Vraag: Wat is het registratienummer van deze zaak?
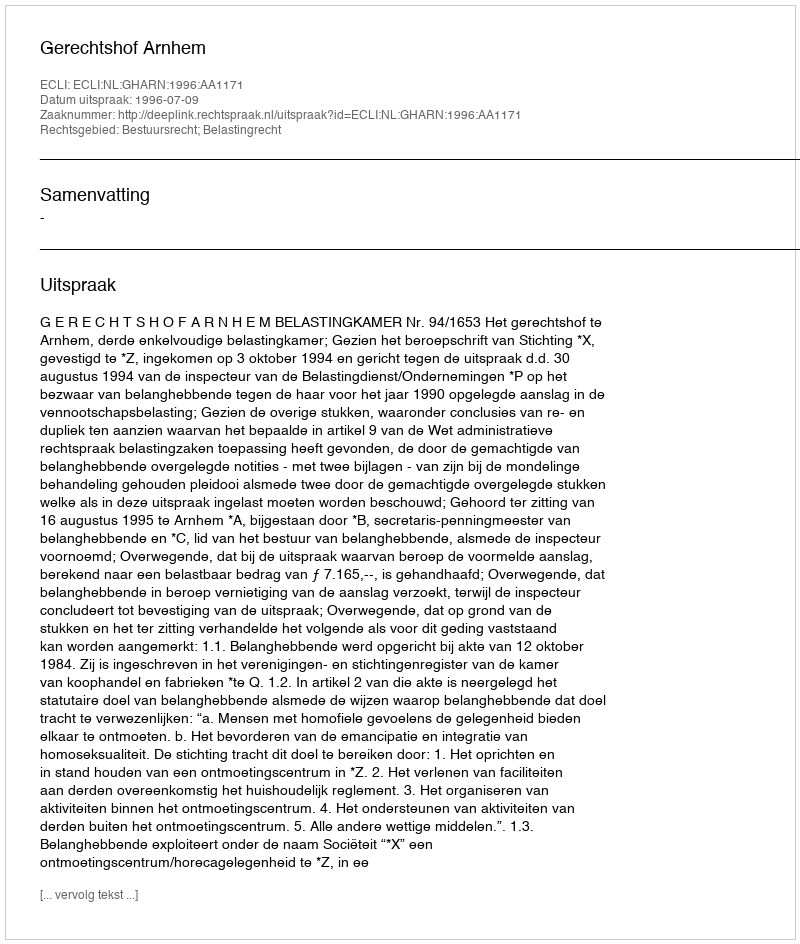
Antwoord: http://deeplink.rechtspraak.nl/uitspraak?id=ECLI:NL:GHARN:1996:AA1171